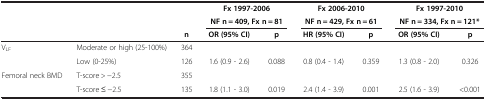
<table><thead><tr><td rowspan="2" colspan="3"><b> </b></td><td colspan="2"><b>Fx 1997-2006</b></td><td colspan="2"><b>Fx 2006-2010</b></td><td colspan="2"><b>Fx 1997-2010</b></td></tr><tr><td colspan="2"><b>NF n = 409, Fx n = 81</b></td><td colspan="2"><b>NF n = 429, Fx n = 61</b></td><td colspan="2"><b>NF n = 334, Fx n = 121*</b></td></tr><tr><td colspan="2"><b> </b></td><td><b>n</b></td><td><b>OR (95% CI)</b></td><td><b>p</b></td><td><b>HR (95% CI)</b></td><td><b>p</b></td><td><b>OR (95% CI)</b></td><td><b>p</b></td></tr></thead><tbody><tr><td rowspan="2">V<sub>LF</sub></td><td>Moderate or high (25-100%)</td><td>364</td><td> </td><td> </td><td> </td><td> </td><td> </td><td> </td></tr><tr><td>Low (0-25%)</td><td>126</td><td>1.6 (0.9 - 2.6)</td><td>0.088</td><td>0.8 (0.4 - 1.4)</td><td>0.359</td><td>1.3 (0.8 - 2.0)</td><td>0.326</td></tr><tr><td>Femoral neck BMD</td><td>T-score &gt; -2.5</td><td>355</td><td> </td><td> </td><td> </td><td> </td><td> </td><td> </td></tr><tr><td> </td><td>T-score ≤ -2.5</td><td>135</td><td>1.8 (1.1 - 3.0)</td><td>0.019</td><td>2.4 (1.4 - 3.9)</td><td>0.001</td><td>2.5 (1.6 - 3.9)</td><td>&lt;0.001</td></tr></tbody></table>